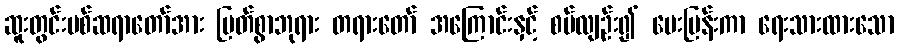
ဆူးတွင်းပစ်ဆရာတော်အား မြတ်စွာဘုရား တရားတော် အကြောင်းနှင့် စပ်လျဉ်း၍ မေးမြန်းကာ ရေးသားထားသော